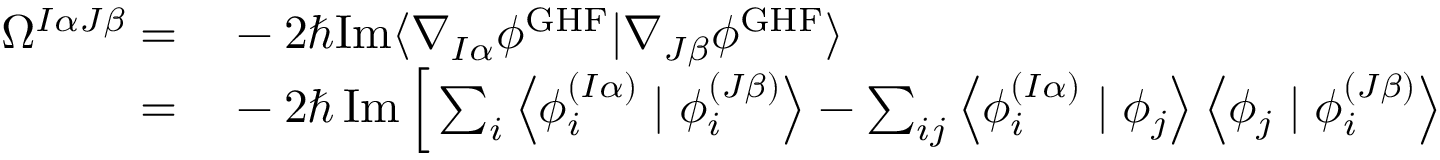
\begin{array} { r l } { \Omega ^ { I \alpha J \beta } = } & { { } - 2 \hbar \mathrm { I m } \langle \nabla _ { I \alpha } \phi ^ { \mathrm { G H F } } | \nabla _ { J \beta } \phi ^ { \mathrm { G H F } } \rangle } \\ { = } & { { } - 2 \hbar \operatorname { I m } \Big [ \sum _ { i } \left\langle \phi _ { i } ^ { ( I \alpha ) } \mid \phi _ { i } ^ { ( J \beta ) } \right\rangle - \sum _ { i j } \left\langle \phi _ { i } ^ { ( I \alpha ) } \mid \phi _ { j } \right\rangle \left\langle \phi _ { j } \mid \phi _ { i } ^ { ( J \beta ) } \right\rangle } \end{array}